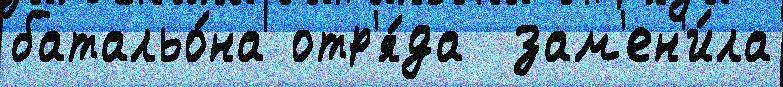
батальо́на отр'я́да  зам'ен'и́ла